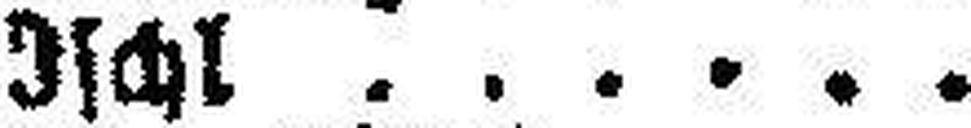
Ischl